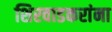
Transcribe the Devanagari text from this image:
शिरवाडकरांना